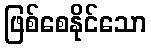
ဖြစ်စေနိုင်သော